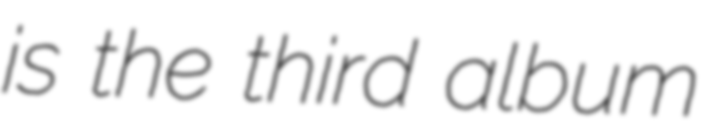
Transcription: is the third album